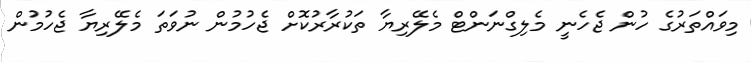
މިވައްތަރުގެ ހުން ޖެހެނީ މެލިގްނަންޓް މެލޭރިޔާ ތަކުރާރުކޮށް ޖެހުމުން ނުވަތަ މެލޭރިޔާ ޖެހުމުން